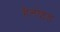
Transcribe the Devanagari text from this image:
हैलोइड